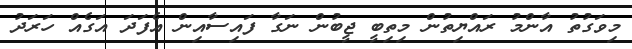
މިވަގުތު އާންމު ރައްޔިތުން މިތިބީ ޖީބުން ނަގާ ފައިސާއިން އެފަދަ އަގެއް ހަރަދު